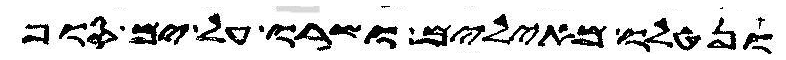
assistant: ונטלו מאילים ושרו על ים סוף